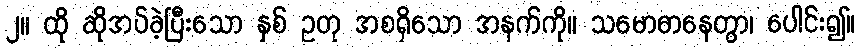
၂။ ထို ဆိုအပ်ခဲ့ပြီးသော နှစ် ဥတု အစရှိသော အနက်ကို။ သမောဓာနေတွာ၊ ပေါင်း၍။